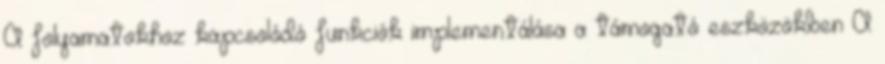
A folyamatokhoz kapcsolódó funkciók implementálása a támogató eszközökben A